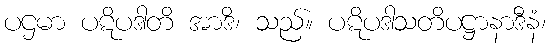
ပဌမာ ပဋိပဒါတိ အာဒိ၊ သည်။ ပဋိပဒါသတိပဋ္ဌာနာဒီနံ၊